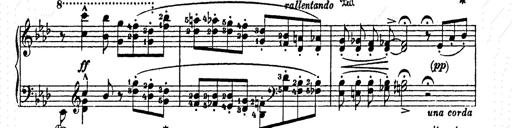
Title: AnnÃ©es de pÃ¨lerinage II
Composer: Franz Liszt